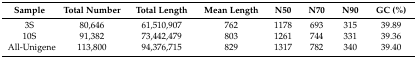
<table><thead><tr><td><b>Sample</b></td><td><b>Total Number</b></td><td><b>Total Length</b></td><td><b>Mean Length</b></td><td><b>N50</b></td><td><b>N70</b></td><td><b>N90</b></td><td><b>GC (%)</b></td></tr></thead><tbody><tr><td>3S</td><td>80,646</td><td>61,510,907</td><td>762</td><td>1178</td><td>693</td><td>315</td><td>39.89</td></tr><tr><td>10S</td><td>91,382</td><td>73,442,479</td><td>803</td><td>1261</td><td>744</td><td>331</td><td>39.36</td></tr><tr><td>All-Unigene</td><td>113,800</td><td>94,376,715</td><td>829</td><td>1317</td><td>782</td><td>340</td><td>39.40</td></tr></tbody></table>